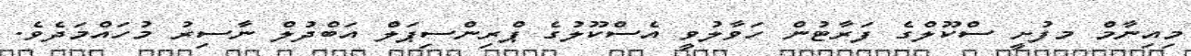
މިއިނާމް މފުށީ ސްކޫލްގެ ފަރާޓުން ހަވާލުވީ އެސްކޫލުގެ ޕްރިންސިޕަލް އަބްދުލް ނާސިރު މުހައްމަދެވެ.